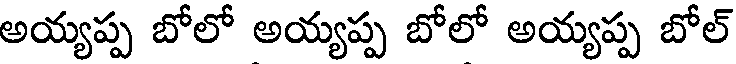
అయ్యప్ప బోలో అయ్యప్ప బోలో అయ్యప్ప బోల్